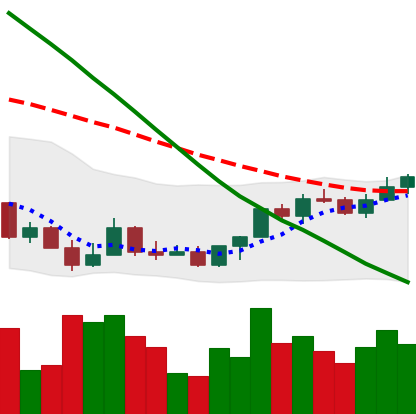
Ticker: LINK-USD
Chart end date: 2022-03-23
Forward return: 4.536%
Label: up_3_5